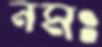
নমঃ